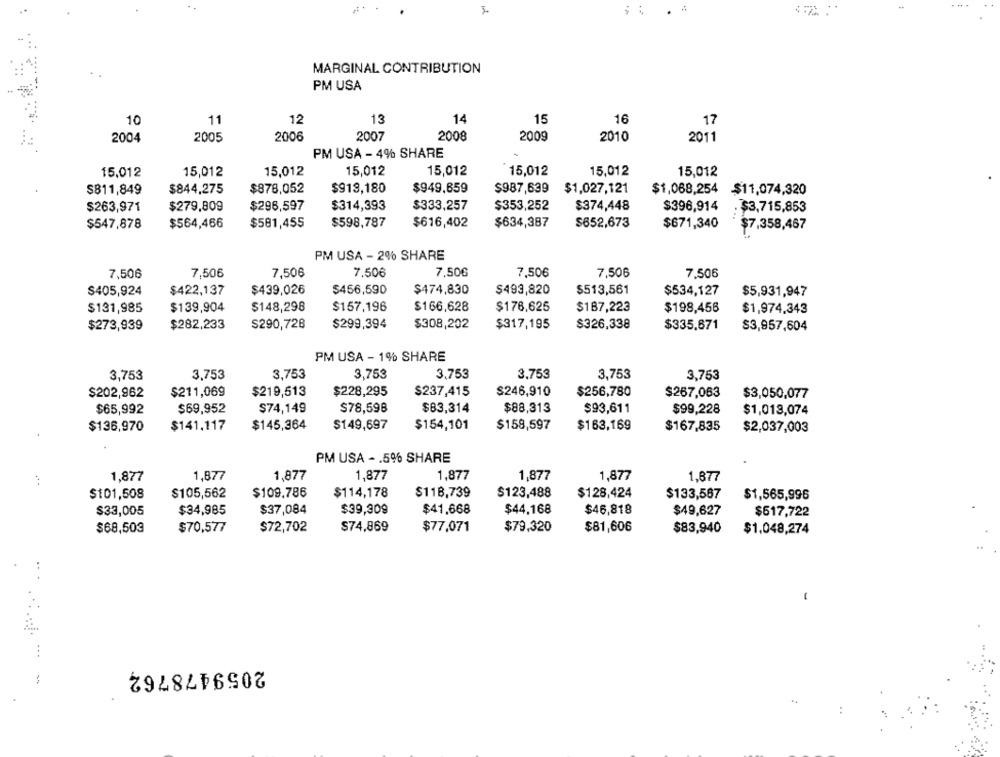
.
MARGINAL CONTRIBUTION
PM USA
10
11
12
13
14
15
16
17
2006
2007
2008
2009
2010
2004
2005
2011
PM USA - 4% SHARE
15,012
15,012
15,012
15,012
15,012
15,012
15,012
15,012
$878,052
$918,180
$949,659
$987,639
$1,027,121
$1,068,254
$811,849
$844,275
$11,074,320
$263,971
$279,809
$296,597
$314,393
$333,257
$353,252
$374,448
$396,914
. $3,715,853
$547,878
$564,466
$581,455
$598,787
$616,402
$634,387
$652,673
$671,340
$7,358,467
PM USA - 2% SHARE
7,506
7,506
7,50€
7,506
7,506
7,506
7,506
7,506
$405,924
$422,137
$439,026
$456,590
$474,830
$493,820
$513,561
$534,127
$5,931,947
$131,985
$139,904
$148,298
$157.196
$166,628
$176,625
$187,223
$198,456
$1,974.343
$273,939
$282,233
S290,728
$299,394
$308,202
$317,195
$326,338
$335.671
$3,957,604
PM USA - 1% SHARE
3,753
3,753
3,753
3,753
3,753
3,753
3,753
3.753
$202,962
$211,069
$219,513
$228,295
$237,415
$246,910
$256,780
$267,063
$3,050,077
$69,952
$74,149
$78,598
$83,314
$88,313
$65,992
$93,611
$99,228
$1,013,074
$145,364
$136,970
$141,117
$149,697
$154,101
$158,597
$163,169
$167,835
$2,037,003
PM USA - . 5% SHARE
1,877
1,877
1.877
1,877
1,877
1,877
1,877
1,677
$109.786
$101,508
$105,562
$114,178
$118,739
$123,488
$128,424
$133,567
$1,565,996
$33,005
$34,985
$37,084
$39,309
$41.668
$44.168
$46,818
$49,627
$517,722
$68,503
$70,577
$72,702
$74,869
$77,071
$79,320
$81,606
$83,940
$1,048,274
..
2059478762
-